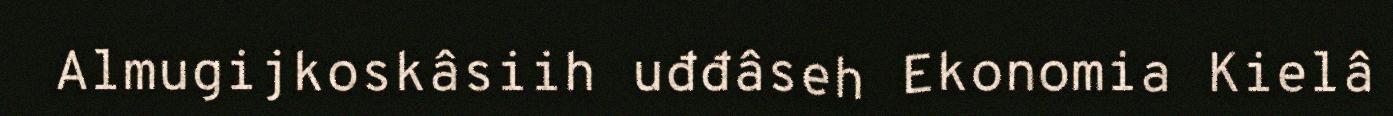
Almugijkoskâsiih uđđâseh Ekonomia Kielâ